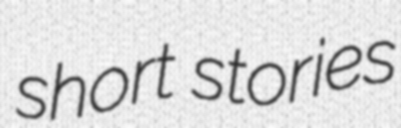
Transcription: short stories